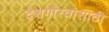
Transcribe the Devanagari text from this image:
देशगौरवासाठी